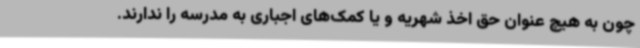
چون به هیچ عنوان حق اخذ شهریه و یا کمک‌های اجباری به مدرسه را ندارند.